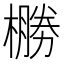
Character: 橳